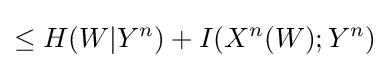
\leq H(W|Y^{n})+I(X^{n}(W);Y^{n})